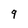
Character: 9